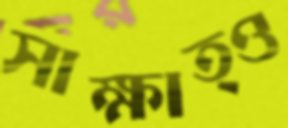
সাক্ষাত্ও